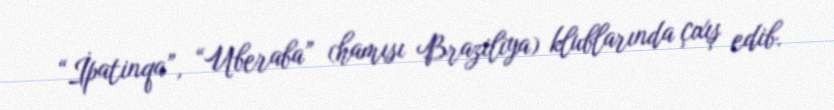
“İpatinqa”, “Uberaba” (hamısı Braziliya) klublarında çıxış edib.